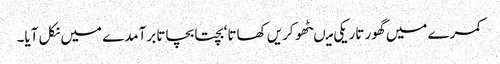
کمرے میں گھور تاریکی میںٹھو کریں کھاتا‘ بچتا بچاتا برآمدے میں نکل آیا۔